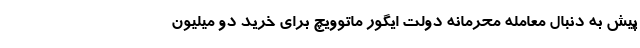
پیش به دنبال معامله محرمانه دولت ایگور ماتوویچ برای خرید دو میلیون